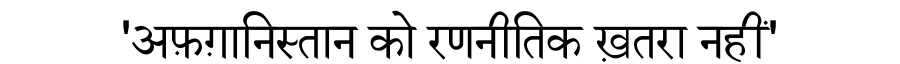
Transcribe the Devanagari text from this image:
'अफ़ग़ानिस्तान को रणनीतिक ख़तरा नहीं'